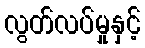
လွတ်လပ်မှုနှင့်